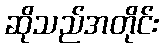
ဆိုသည်အတိုင်း